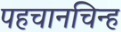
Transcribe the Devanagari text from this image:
पहचानचिन्ह